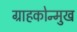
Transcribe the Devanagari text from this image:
ग्राहकोन्मुख